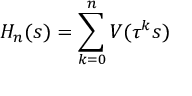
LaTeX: H _ { n } ( s ) = \sum _ { k = 0 } ^ { n } V ( \tau ^ { k } s )